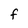
Character: F